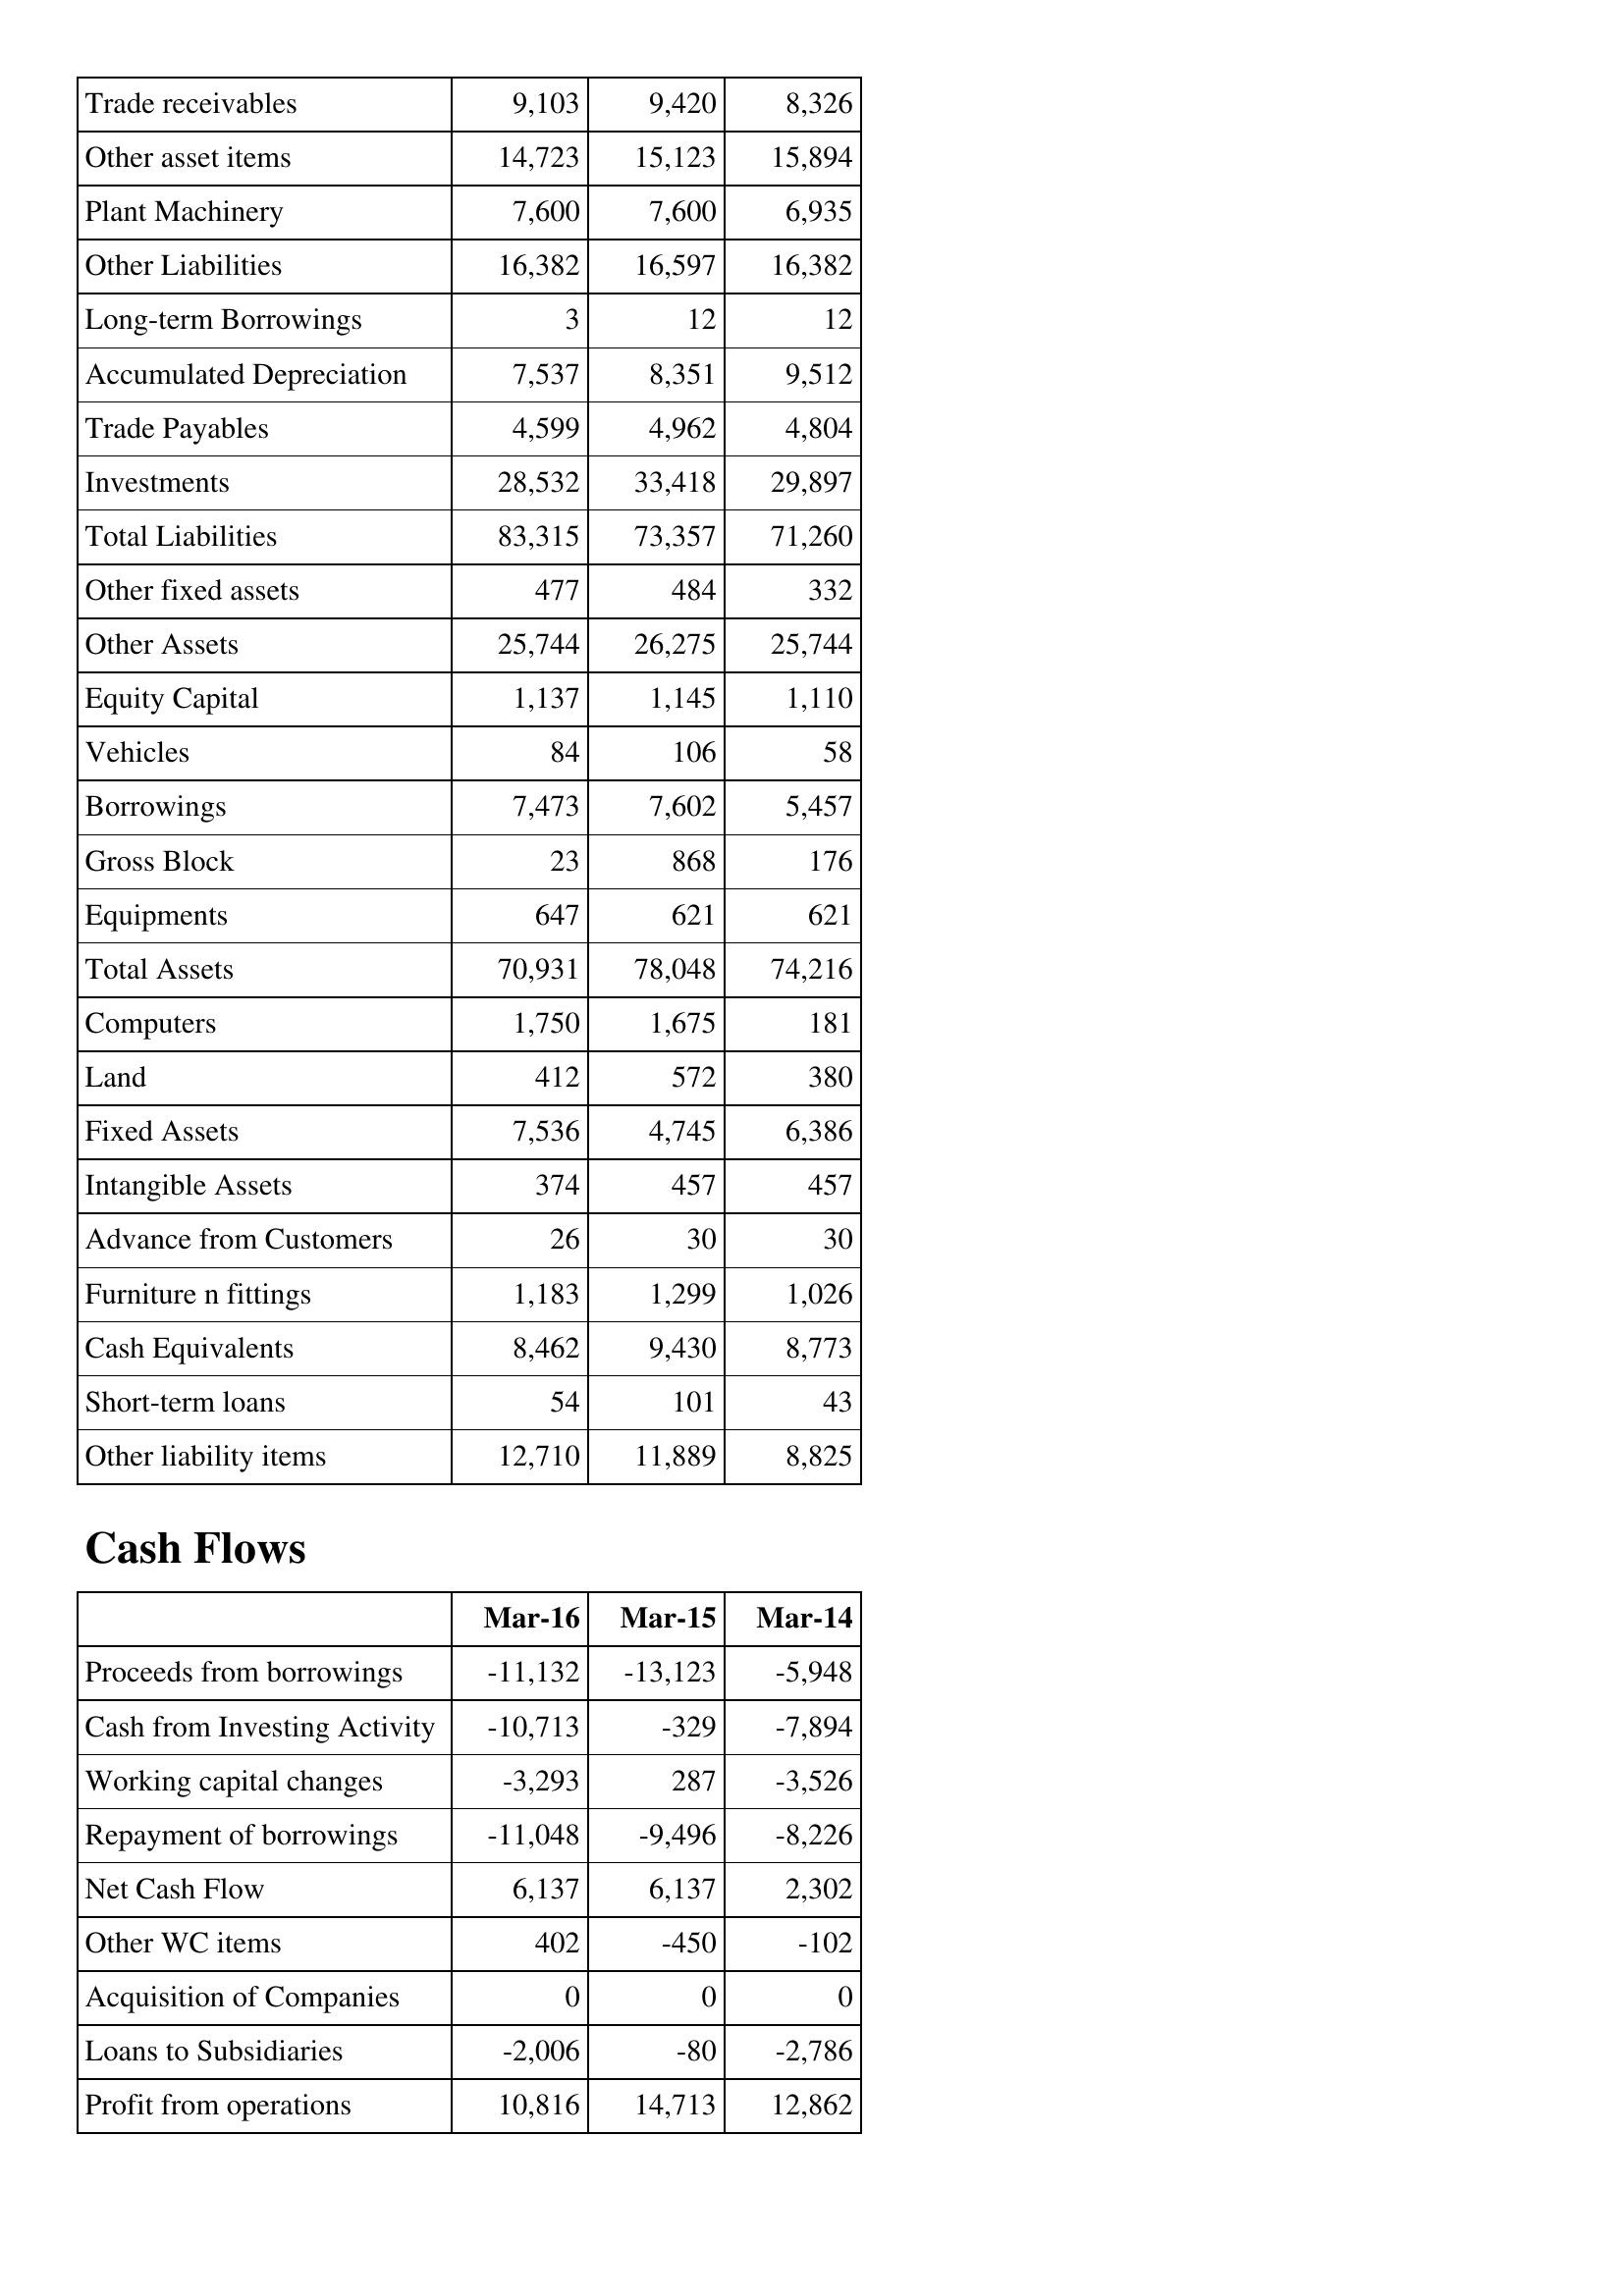
Mar-16: Balance Sheet: Trade receivables: 9,103
Other asset items: 14,723
Plant Machinery: 7,600
Other Liabilities: 16,382
Long-term Borrowings: 3
Accumulated Depreciation: 7,537
Trade Payables: 4,599
Investments: 28,532
Total Liabilities: 83,315
Other fixed assets: 477
Other Assets: 25,744
Equity Capital: 1,137
Vehicles: 84
Borrowings: 7,473
Gross Block: 23
Equipments: 647
Total Assets: 70,931
Computers: 1,750
Land: 412
Fixed Assets: 7,536
Intangible Assets: 374
Advance from Customers: 26
Furniture n fittings: 1,183
Cash Equivalents: 8,462
Short-term loans: 54
Other liability items: 12,710
Cash Flows: Proceeds from borrowings: -11,132
Cash from Investing Activity: -10,713
Working capital changes: -3,293
Repayment of borrowings: -11,048
Net Cash Flow: 6,137
Other WC items: 402
Acquisition of Companies: 0
Loans to Subsidiaries: -2,006
Profit from operations: 10,816
Mar-15: Balance Sheet: Trade receivables: 9,420
Other asset items: 15,123
Plant Machinery: 7,600
Other Liabilities: 16,597
Long-term Borrowings: 12
Accumulated Depreciation: 8,351
Trade Payables: 4,962
Investments: 33,418
Total Liabilities: 73,357
Other fixed assets: 484
Other Assets: 26,275
Equity Capital: 1,145
Vehicles: 106
Borrowings: 7,602
Gross Block: 868
Equipments: 621
Total Assets: 78,048
Computers: 1,675
Land: 572
Fixed Assets: 4,745
Intangible Assets: 457
Advance from Customers: 30
Furniture n fittings: 1,299
Cash Equivalents: 9,430
Short-term loans: 101
Other liability items: 11,889
Cash Flows: Proceeds from borrowings: -13,123
Cash from Investing Activity: -329
Working capital changes: 287
Repayment of borrowings: -9,496
Net Cash Flow: 6,137
Other WC items: -450
Acquisition of Companies: 0
Loans to Subsidiaries: -80
Profit from operations: 14,713
Mar-14: Balance Sheet: Trade receivables: 8,326
Other asset items: 15,894
Plant Machinery: 6,935
Other Liabilities: 16,382
Long-term Borrowings: 12
Accumulated Depreciation: 9,512
Trade Payables: 4,804
Investments: 29,897
Total Liabilities: 71,260
Other fixed assets: 332
Other Assets: 25,744
Equity Capital: 1,110
Vehicles: 58
Borrowings: 5,457
Gross Block: 176
Equipments: 621
Total Assets: 74,216
Computers: 181
Land: 380
Fixed Assets: 6,386
Intangible Assets: 457
Advance from Customers: 30
Furniture n fittings: 1,026
Cash Equivalents: 8,773
Short-term loans: 43
Other liability items: 8,825
Cash Flows: Proceeds from borrowings: -5,948
Cash from Investing Activity: -7,894
Working capital changes: -3,526
Repayment of borrowings: -8,226
Net Cash Flow: 2,302
Other WC items: -102
Acquisition of Companies: 0
Loans to Subsidiaries: -2,786
Profit from operations: 12,862